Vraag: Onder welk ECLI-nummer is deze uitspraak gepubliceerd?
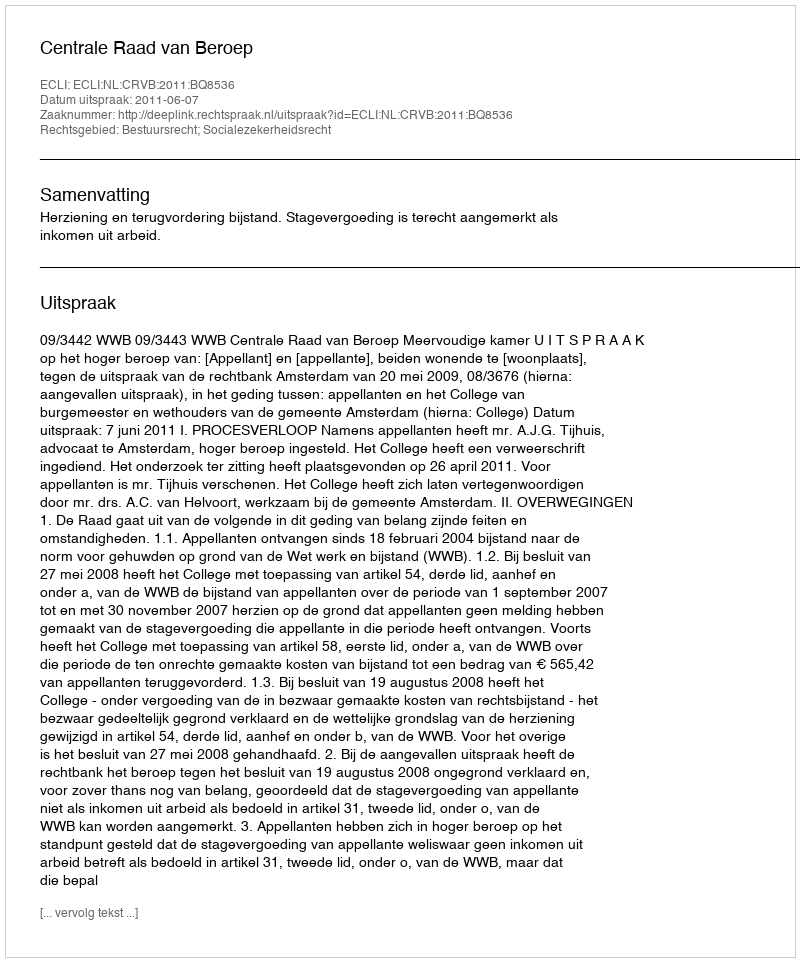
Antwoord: ECLI:NL:CRVB:2011:BQ8536